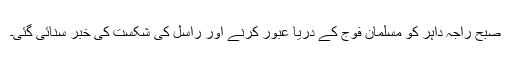
صبح راجہ داہر کو مسلمان فوج کے دریا عبور کرنے اور راسل کی شکست کی خبر سنائی گئی۔